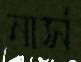
নার্স